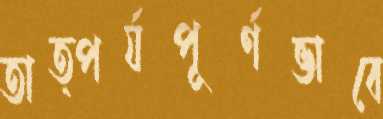
তাত্পর্যপূর্ণভাবে